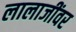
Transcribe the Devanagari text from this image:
लालाजींवर